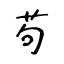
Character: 苟